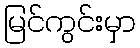
မြင်ကွင်းမှာ